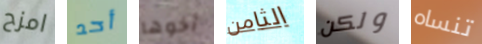
امزح أحد أخوها الثامن ولكن تنساه